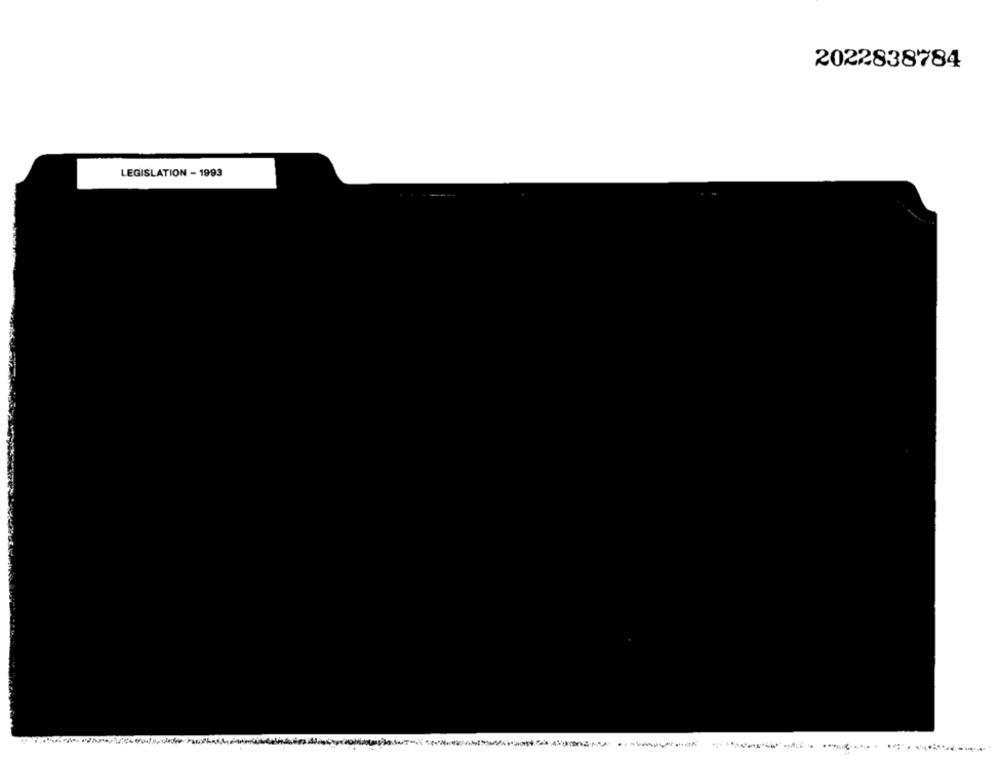
2022838784
LEGISLATION - 1993